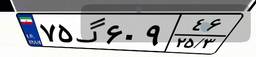
۹۶گ۷۹۲۹۴